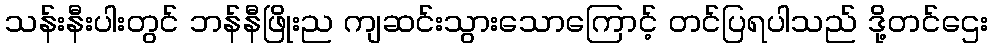
သန်းနီးပါးတွင် ဘန်နီဖြိုးည ကျဆင်းသွားသောကြောင့် တင်ပြရပါသည် ဒို့တင်ဌေး